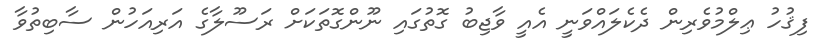
ފިޤުހު ޢިލްމުވެރިން ދެކެލައްވަނީ އެއީ ވާޖިބު ގޮތުގައި ނޫންގޮތަކަށް ރަސޫލާގެ އަރިއަހުން ސާބިތުވާ